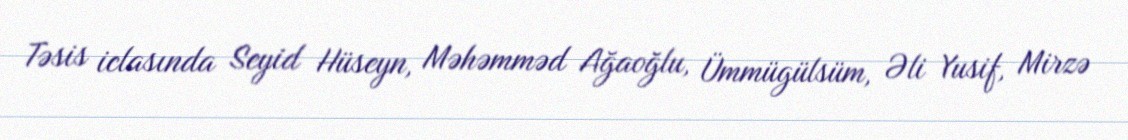
Təsis iclasında Seyid Hüseyn, Məhəmməd Ağaoğlu, Ümmügülsüm, Əli Yusif, Mirzə